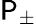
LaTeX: \mathsf{P}_{\pm}